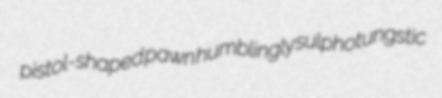
pistol-shaped pawn humblingly sulphotungstic